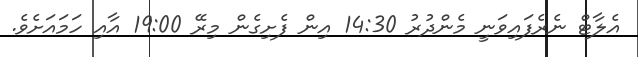
އެލާޓް ނެރެފައިވަނީ މެންދުރު 14:30 އިން ފެށިގެން މިރޭ 19:00 އާއި ހަމައަށެވެ.